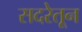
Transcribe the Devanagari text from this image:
सदरेतून